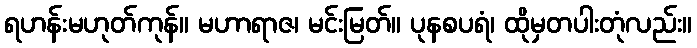
ရဟန်းမဟုတ်ကုန်။ မဟာရာဇ၊ မင်းမြတ်။ ပုနစပရံ၊ ထိုမှတပါးတုံလည်း။